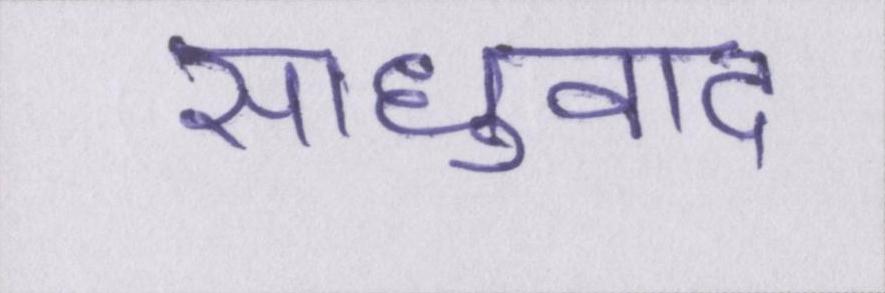
साधुवाद